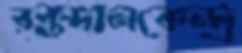
রক্তদানকেন্দ্র